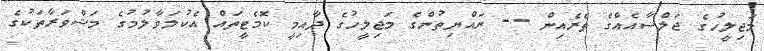
މަޖިލީހުގެ ޖަލްސާއެއްގެ ތެރެއިން -- ރައްޔިތުންގެ މަޖިލީހުގެ ދާއިމީ ކޮމެޓީތައް އެކުލަވާލުމުގެ މަޝްވަރާތަކުގެ